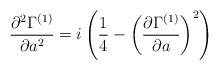
LaTeX: \begin{align*}{\partial^{2}\Gamma^{(1)}\over \partial a^{2}} = i\left({1\over 4} - \left({\partial\Gamma^{(1)}\over \partial a}\right)^{2}\right)\end{align*}